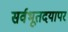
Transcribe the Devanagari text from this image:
सर्वभूतदयापर